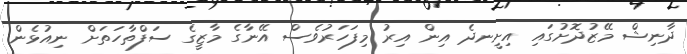
ދާނިޝް މޭޒުދޮށުގައި އިށީނދެ އިން އިރު މިފަހަރުވެސް އޭނާގެ މާޒީގެ ސަފްތާހަތަށް ނިއުޅެން